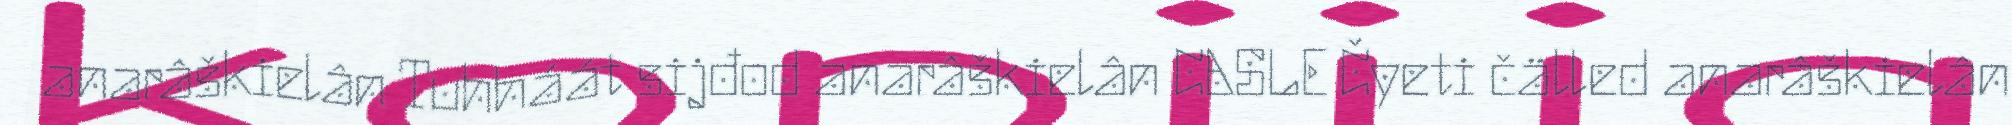
anarâškielân Tuhháát sijđod anarâškielân CASLE Čyeti čälled anarâškielân